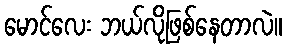
မောင်လေး ဘယ်လိုဖြစ်နေတာလဲ။